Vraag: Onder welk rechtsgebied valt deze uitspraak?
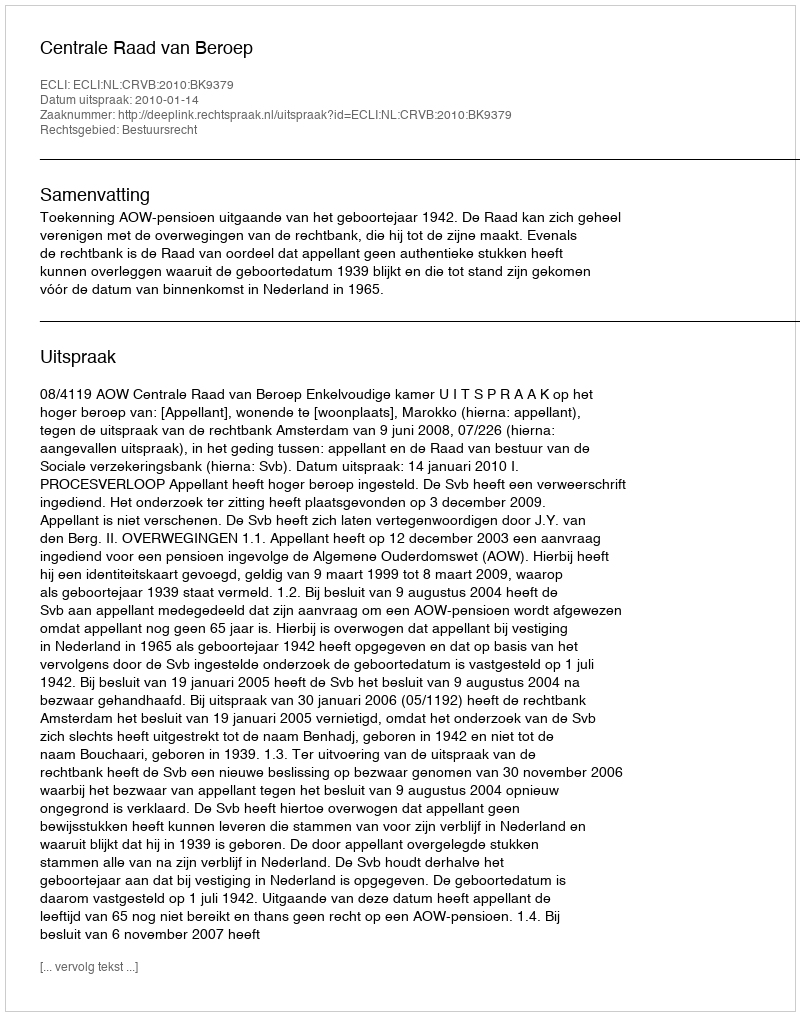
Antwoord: Bestuursrecht